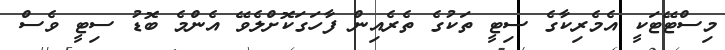
މިސްޓޭޓަކީ އެމެރިކާގެ ސިޓީ ތަކުގެ ތެރެއިން ފާހަގަކޮށްލެވޭ އެންމެ ބޮޑު ސިޓީ ވެސް